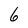
Character: 6